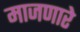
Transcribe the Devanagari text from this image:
माजणारे